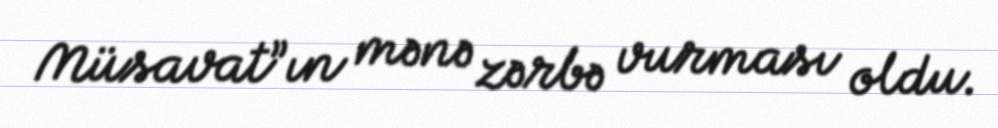
Müsavat”ın mənə zərbə vurması oldu.